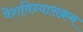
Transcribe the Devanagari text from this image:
वेशविन्यासक्रम